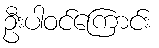
ဦးပါဝင်ကြောင်း